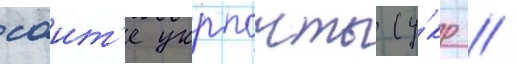
саит'е укрпочты (у́кр //